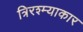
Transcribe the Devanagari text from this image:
त्रिरश्म्याकार